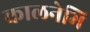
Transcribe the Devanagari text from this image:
कालनेभि